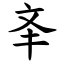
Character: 㪯